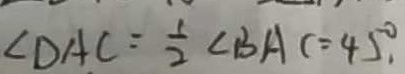
\angle D A C = \frac { 1 } { 2 } \angle B A C = 4 5 ^ { \circ } .